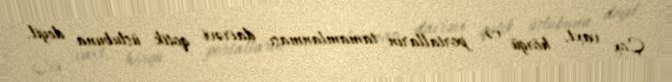
Çox vaxt, hörgü və portalların tamamlanması dairəvi qotik üslubuna deyil,